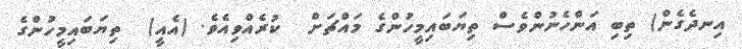
އިނދެގެން) ތިބި އަންހެނުންވެސް ތިޔަބައިމީހުންގެ މައްޗަށް  ކުރެއްވިއެވެ. (އެއީ)  ތިޔަބައިމީހުންގެ